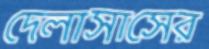
দেলাসাসের